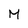
Character: M